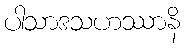
ပါသာဒသဟဿာနိ